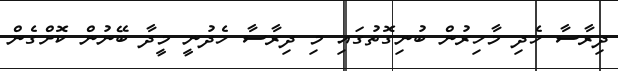
ދިރާސާ ހެދި މާހިރުން ބުނިގޮތުގައި މި ދިރާސާ ހެދުނީ މީދާ ބޭނުން ކޮށްގެން